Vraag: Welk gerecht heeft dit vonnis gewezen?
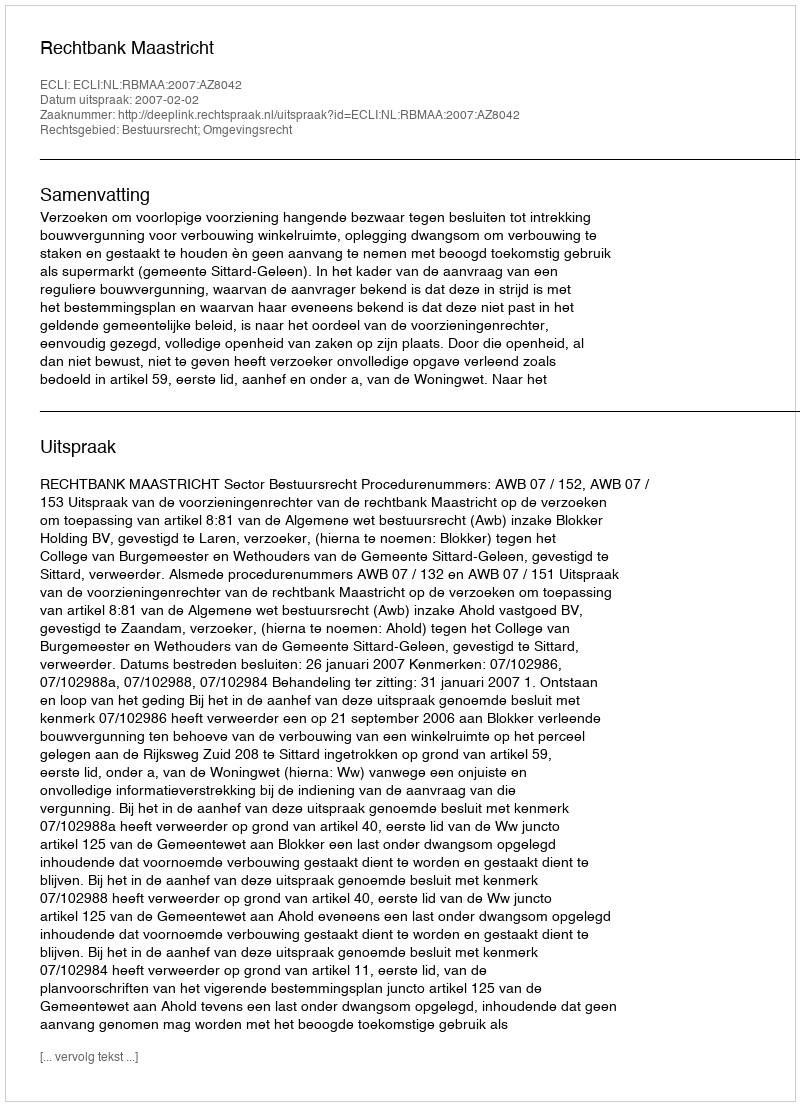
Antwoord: Rechtbank Maastricht